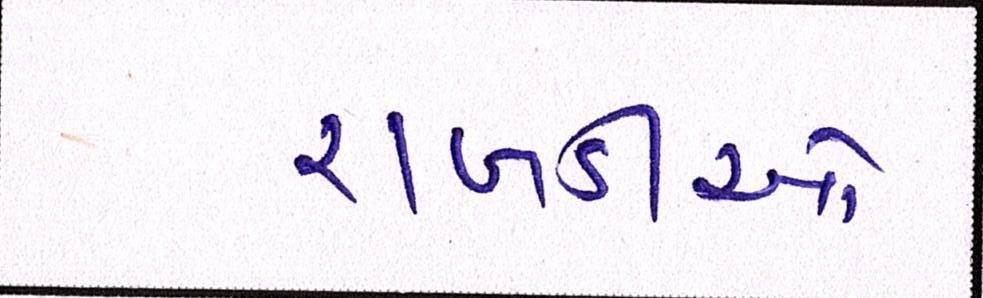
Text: રાખડીઓ